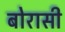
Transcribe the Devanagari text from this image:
बोरासी